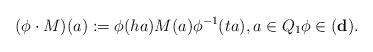
LaTeX: \begin{align*} (\phi\cdot M)(a):=\phi(ha)M(a)\phi^{-1}(ta), a\in Q_1 \phi\in (\textbf{d}).\end{align*}